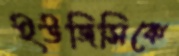
ইউজিসিকে